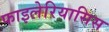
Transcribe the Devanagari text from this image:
फाइलेरियासिस